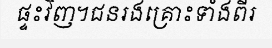
ផ្ទះវិញ។ជនរងគ្រោះទាំងពីរ